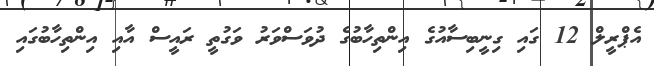
އެޕްރީލް 12 ގައި ގިނީބިސާއުގެ އިންތިހާބުގެ ދުވަސްވަރު ވަގުތީ ރައީސް އާއި އިންތިހާބުގައި